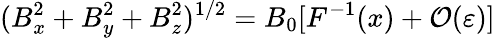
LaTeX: (B_{x}^{2}+B_{y}^{2}+B_{z}^{2})^{1/2}=B_{0}[F^{-1}(x)+\mathcal{O}(\varepsilon)]